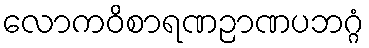
လောကဝိစာရဏဉာဏပဘဂ္ဂံ